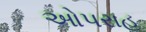
ઓપરાહ